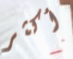
أكثر